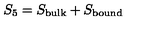
S _ { 5 } = S _ { \mathrm { b u l k } } + S _ { \mathrm { b o u n d } }